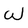
Character: w